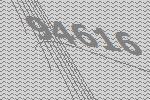
94616